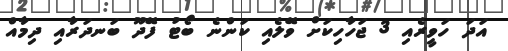
އަދަ ހަވީރެއި 3 ޖަހާހިކަށް ވޭލެއި ކަންނެ ބޯޓު ފޭދޫ ބަނދަރާއި ދިމާއް